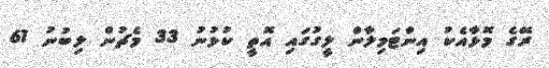
ރޭގެ މޮޅާއެކު އިންޓަމިލާން ލީގުގައި އޮތީ ކުޅުނު 33 މެޗުން ލިބުނު 61